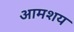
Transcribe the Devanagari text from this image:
आमशय